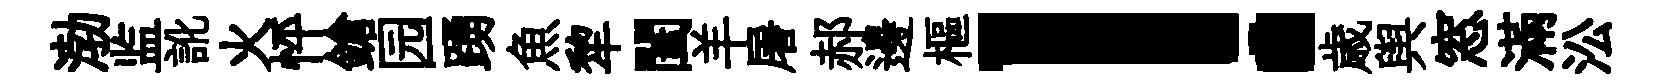
渤监訛火怦鎗园踴魚犂闔羊屠郝邊樞！歳舆窓滿㳂